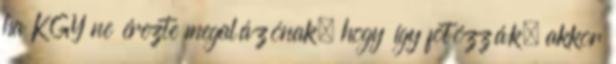
ha KGY ne érezte megalázónak, hogy így fotózzák, akkor